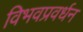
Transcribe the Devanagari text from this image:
विभवप्रवर्धन